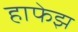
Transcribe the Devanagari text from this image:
हाफेझ